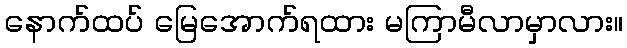
နောက်ထပ် မြေအောက်ရထား မကြာမီလာမှာလား။